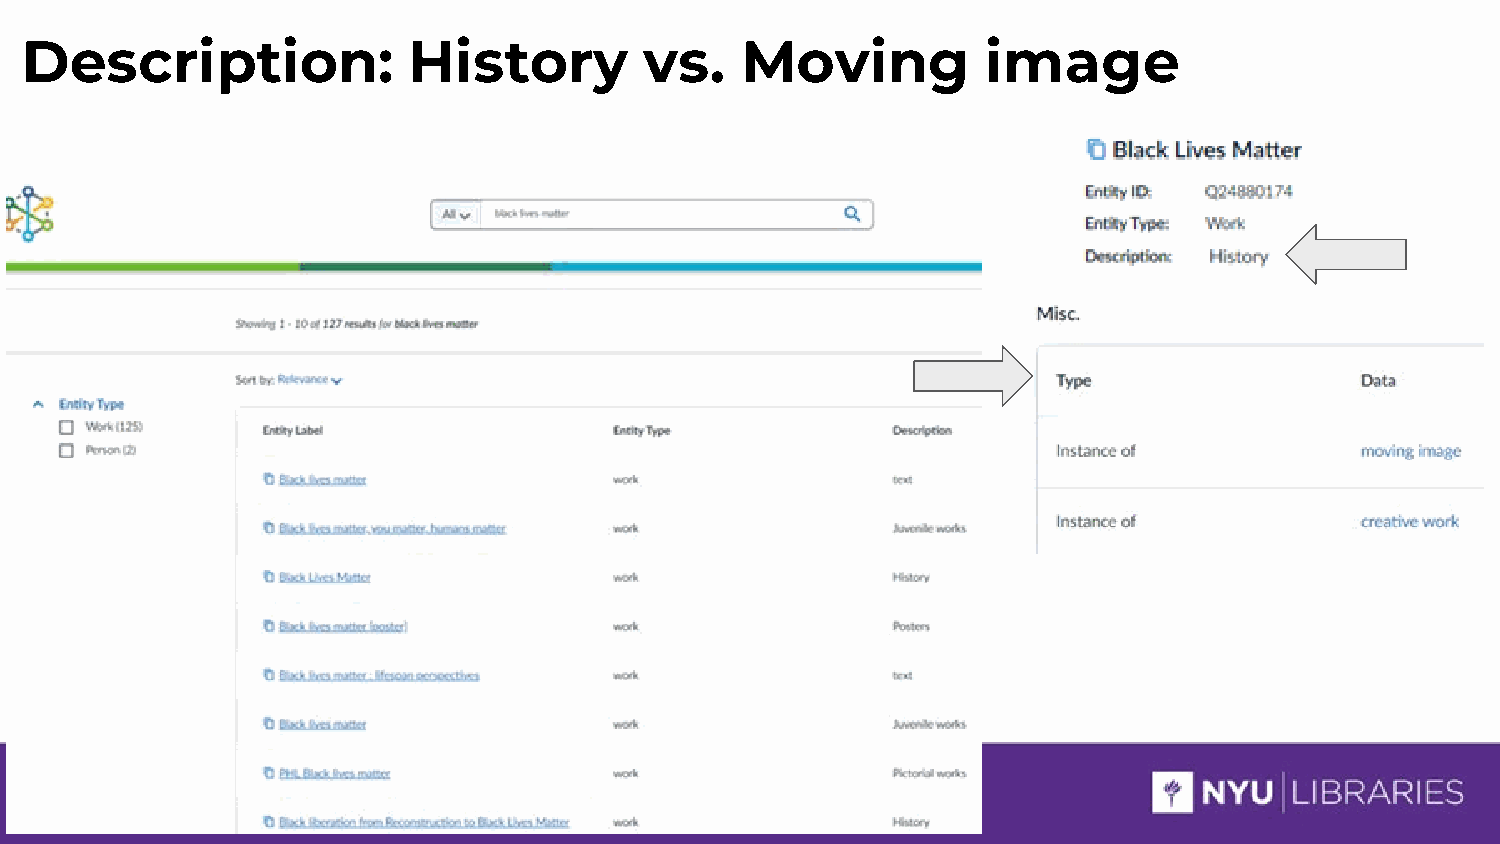
Description:              History         vs.   Moving          image